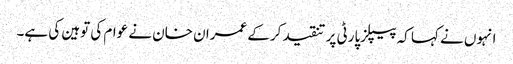
انہوں نے کہا کہ پیپلزپارٹی پر تنقید کرکے عمران خان نے عوام کی توہین کی ہے۔